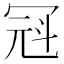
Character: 𪞒